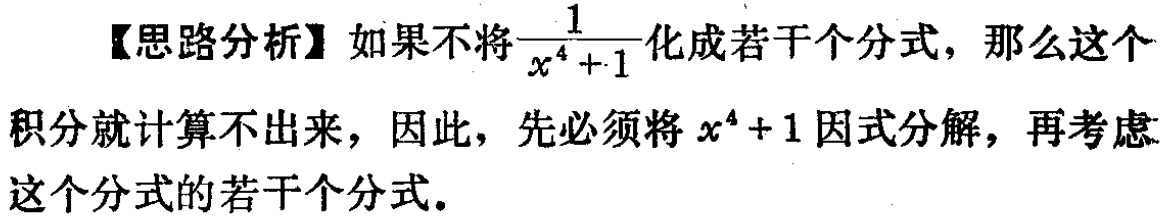
【思路分析】如果不将$\frac{1}{x^{4}+1}$化成若干个分式，那么这个积分就计算不出来，因此，先必须将$x^{4}+1$因式分解，再考虑这个分式的若干个分式。